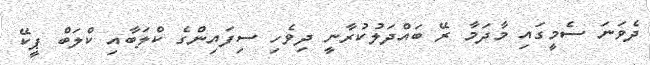
ދެވަނަ ސެމީގައި މާދަމާ ރޭ ބައްދަލުކުރާނީ ދިވެހި ސިފައިންގެ ކްލަބާއި ކްލަބް ޕީކޭ